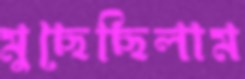
মুছেছিলাম